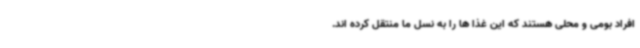
افراد بومی و محلی هستند که این غذا ها را به نسل ما منتقل کرده اند.